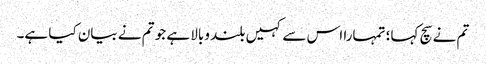
تم نے سچ کہا؛ تمہارا اس سے کہیں بلند وبالا ہے جو تم نے بیان کیا ہے۔